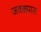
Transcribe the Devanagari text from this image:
जवळ्पास